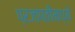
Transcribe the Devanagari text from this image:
प्रजापतींमध्ये